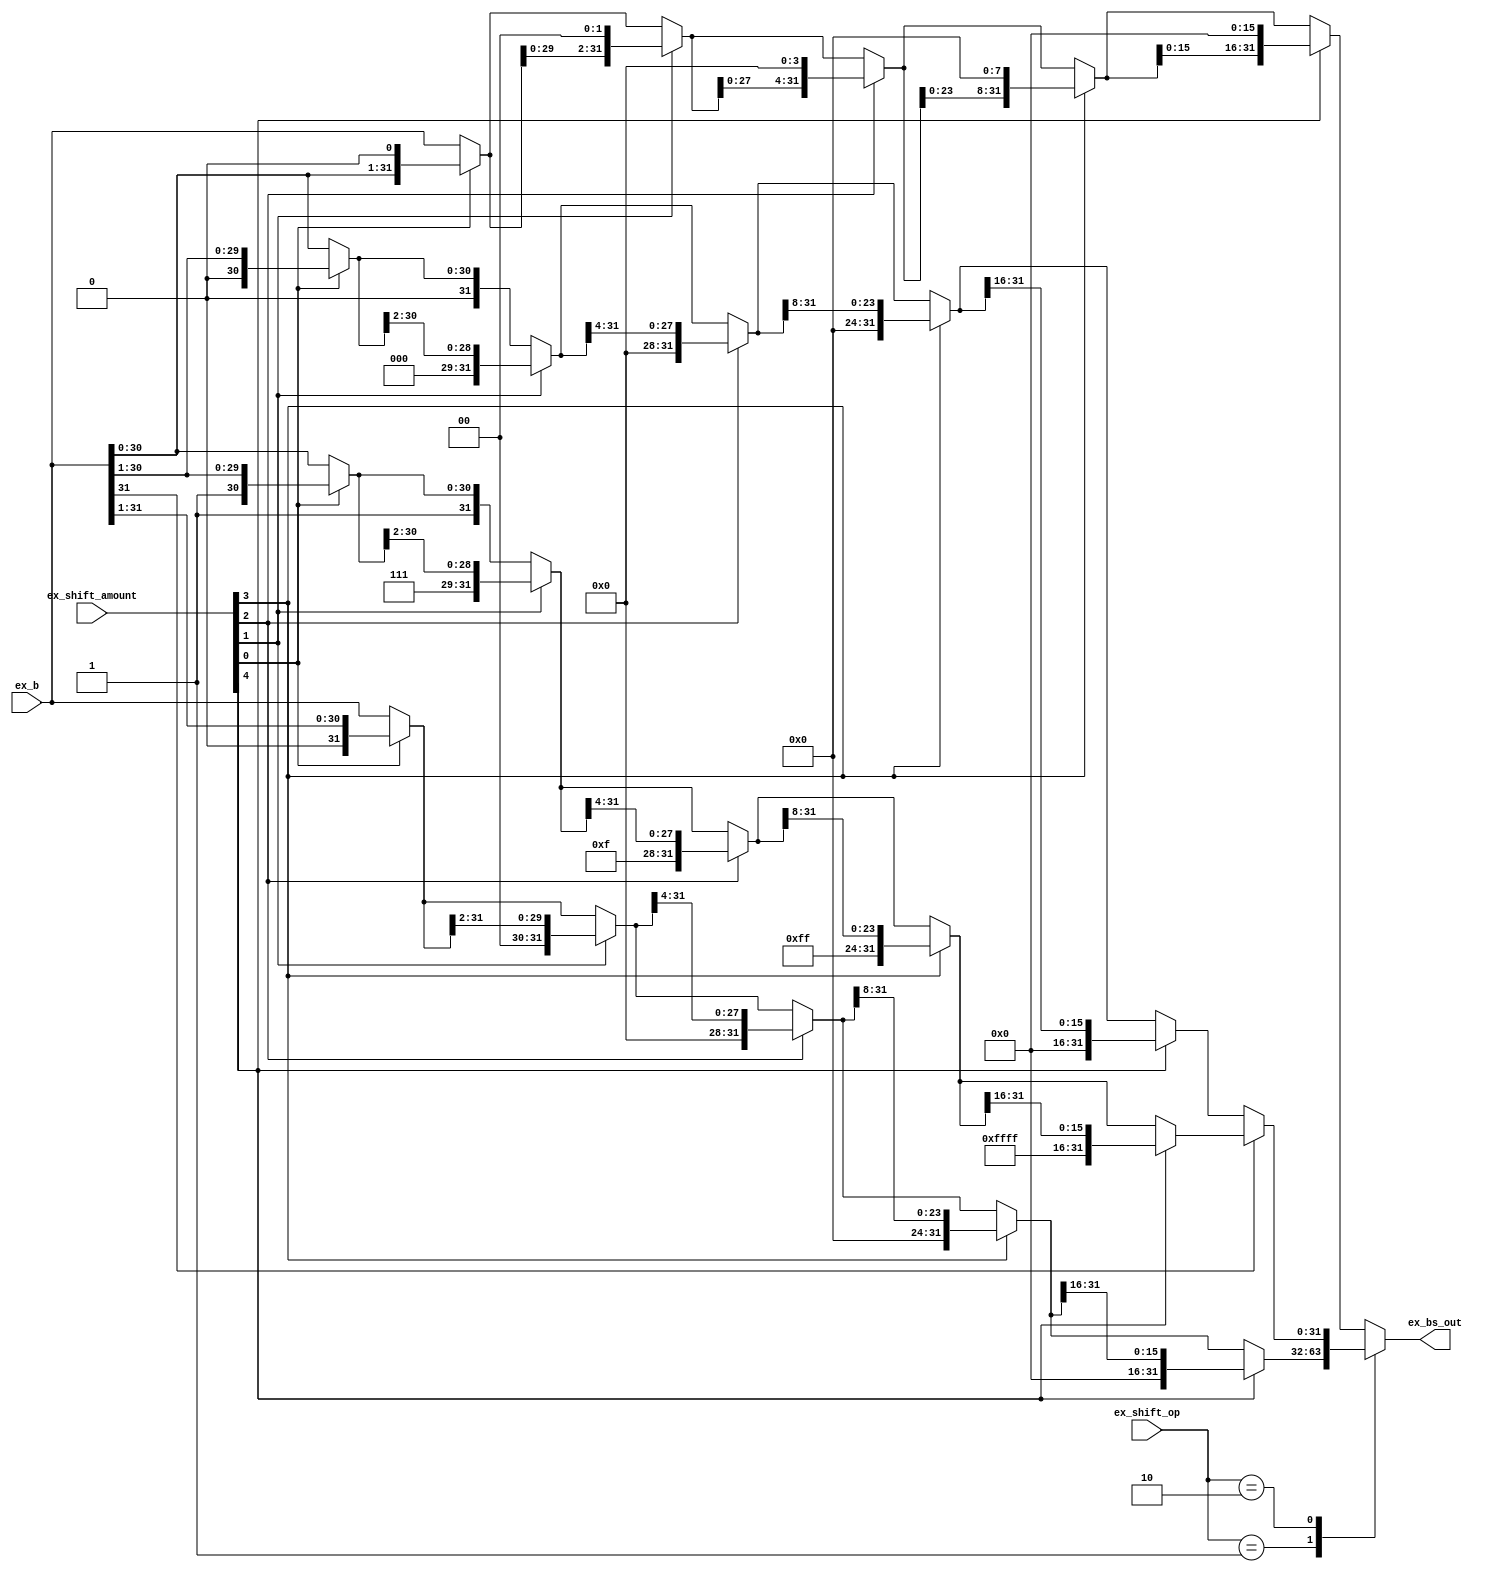
module BarSH(
	input [1:0]ex_shift_op,
	input [31:0]ex_b,
	input [4:0]ex_shift_amount,
	output [31:0]ex_bs_out
);

	reg [31:0]r;
	
	always @ (ex_shift_amount or ex_b or ex_shift_op) begin
		r = ex_b;
		case (ex_shift_op)
			2'b01: begin
				if (ex_shift_amount[0])
					r = {1'b0, r[31:1]};
				if (ex_shift_amount[1])
					r = {2'd0, r[31:2]};
				if (ex_shift_amount[2])
					r = {4'd0, r[31:4]};
				if (ex_shift_amount[3])
					r = {8'd0, r[31:8]};
				if (ex_shift_amount[4])
					r = {16'd0, r[31:16]};
			end
			
			2'b10: begin
				if (r[31]) begin
					if (ex_shift_amount[0])
						r = {1'b1, r[31:1]};
					if (ex_shift_amount[1])
						r = {2'b11, r[31:2]};
					if (ex_shift_amount[2])
						r = {4'hf, r[31:4]};
					if (ex_shift_amount[3])
						r = {8'hff, r[31:8]};
					if (ex_shift_amount[4])
						r = {16'hffff, r[31:16]};
				end
				else begin
					if (ex_shift_amount[0])
						r = {1'b0, r[31:1]};
					if (ex_shift_amount[1])
						r = {2'd0, r[31:2]};
					if (ex_shift_amount[2])
						r = {4'd0, r[31:4]};
					if (ex_shift_amount[3])
						r = {8'd0, r[31:8]};
					if (ex_shift_amount[4])
						r = {16'd0, r[31:16]};
				end
			end
			
			default: begin
				if (ex_shift_amount[0])
					r = {r[30:0], 1'b0};
				if (ex_shift_amount[1])
					r = {r[29:0], 2'd0};
				if (ex_shift_amount[2])
					r = {r[27:0], 4'd0};
				if (ex_shift_amount[3])
					r = {r[23:0], 8'd0};
				if (ex_shift_amount[4])
					r = {r[15:0], 16'd0};
			end
		endcase
	end

	assign ex_bs_out = r;
	
endmodule